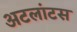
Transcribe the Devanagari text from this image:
अटलांटस